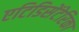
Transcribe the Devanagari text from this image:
एटिडिसेंटेरिका